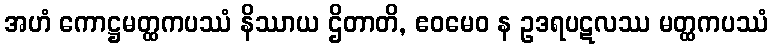
အဟံ ကောဋ္ဌမတ္ထကပဿံ နိဿာယ ဌိတာတိ, ဧဝမေဝ န ဥဒရပဋလဿ မတ္ထကပဿံ